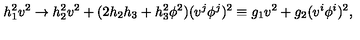
h _ { 1 } ^ { 2 } v ^ { 2 } \rightarrow h _ { 2 } ^ { 2 } v ^ { 2 } + ( 2 h _ { 2 } h _ { 3 } + h _ { 3 } ^ { 2 } \phi ^ { 2 } ) ( v ^ { j } \phi ^ { j } ) ^ { 2 } \equiv g _ { 1 } v ^ { 2 } + g _ { 2 } ( v ^ { i } \phi ^ { i } ) ^ { 2 } ,